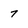
Character: 7